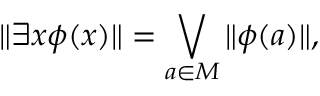
\| \exists x \phi ( x ) \| = \bigvee _ { a \in M } \| \phi ( a ) \| ,